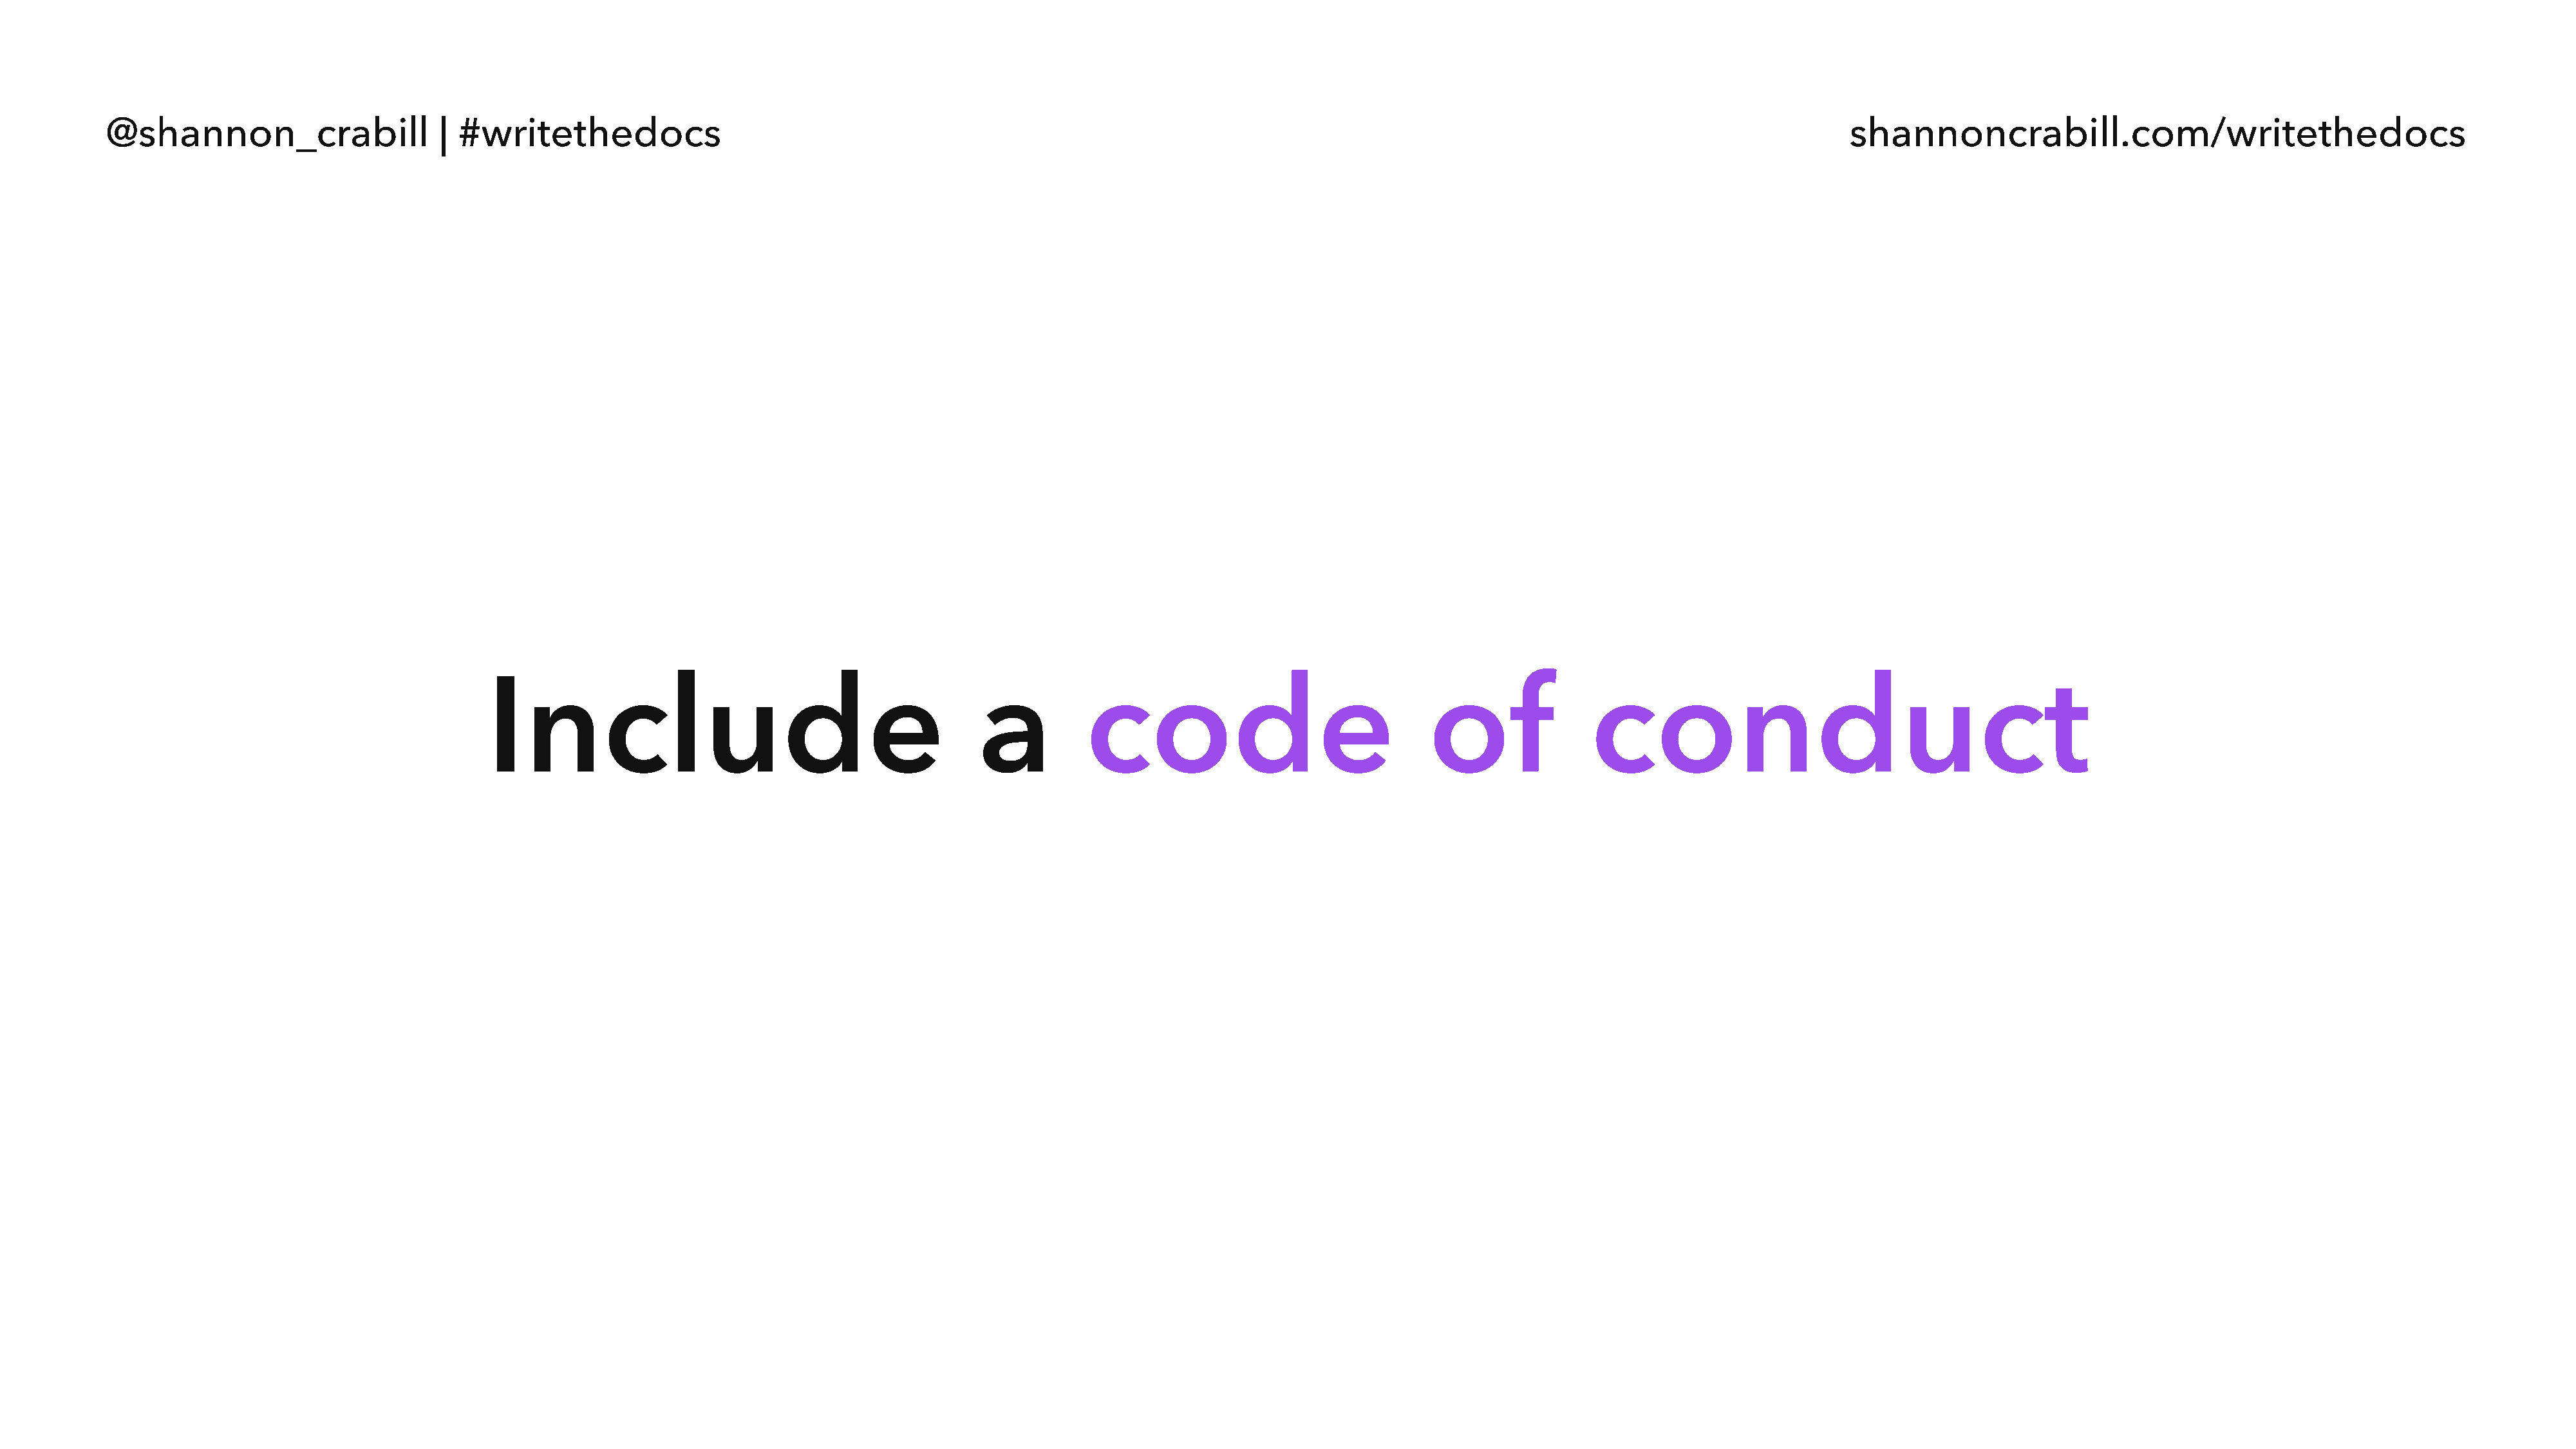
@shannon_crabill                  | #writethedocs                                                                                                                                  shannoncrabill.com/writethedocs
 Include                                            a          code                               of               conduct